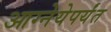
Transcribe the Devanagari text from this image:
आग्नेयेपर्यंत